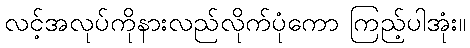
လင့်အလုပ်ကိုနားလည်လိုက်ပုံကော ကြည့်ပါအုံး။